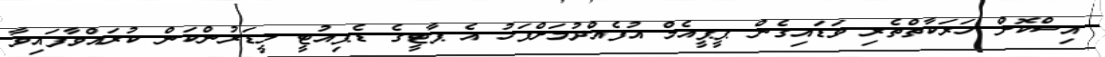
އިސްކޮށް ހަރަކާތްތެރި ވަޑައިގެން ޕީޕީއެމް އުފެއްދުމަށްފަހު އެ ޕާޓީގެ ޑެޕިއުޓީ ލީޑަރުންކަން ކުރައްވާފައިވާ